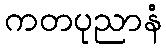
ကတပုညာနံ